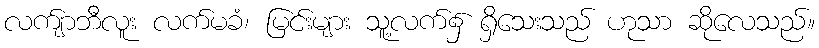
လက်ျာဘီလူး လက်မခံ၊ မြင်းများ သူ့လက်၌ ရှိသေးသည် ဟုသာ ဆိုလေသည်။